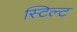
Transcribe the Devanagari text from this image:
स्टिल्ट